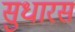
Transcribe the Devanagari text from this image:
सुधारस